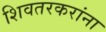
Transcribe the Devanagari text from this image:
शिवतरकरांना